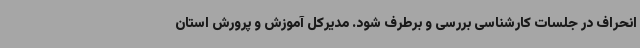
انحراف در جلسات کارشناسی بررسی و برطرف شود. مدیرکل آموزش و پرورش استان